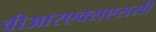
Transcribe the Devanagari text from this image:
वीआरएक्सएससी